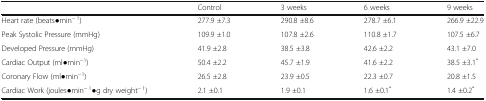
<table><thead><tr><td></td><td><b>Control</b></td><td><b>3 weeks</b></td><td><b>6 weeks</b></td><td><b>9 weeks</b></td></tr></thead><tbody><tr><td>Heart rate (beats●min<sup>− 1</sup>)</td><td>277.9 ±7.3</td><td>290.8 ±8.6</td><td>278.7 ±6.1</td><td>266.9 ±22.9</td></tr><tr><td>Peak Systolic Pressure (mmHg)</td><td>109.9 ±1.0</td><td>107.8 ±2.6</td><td>110.8 ±1.7</td><td>107.5 ±6.7</td></tr><tr><td>Developed Pressure (mmHg)</td><td>41.9 ±2.8</td><td>38.5 ±3.8</td><td>42.6 ±2.2</td><td>43.1 ±7.0</td></tr><tr><td>Cardiac Output (ml●min<sup>−1</sup>)</td><td>50.4 ±2.2</td><td>45.7 ±1.9</td><td>41.6 ±2.2</td><td>38.5 ±3.1<sup>*</sup></td></tr><tr><td>Coronary Flow (ml●min<sup>−1</sup>)</td><td>26.5 ±2.8</td><td>23.9 ±0.5</td><td>22.3 ±0.7</td><td>20.8 ±1.5</td></tr><tr><td>Cardiac Work (joules●min<sup>− 1</sup>●g dry weight<sup>− 1</sup>)</td><td>2.1 ±0.1</td><td>1.9 ±0.1</td><td>1.6 ±0.1<sup>*</sup></td><td>1.4 ±0.2<sup>*</sup></td></tr></tbody></table>